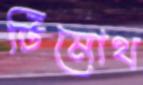
টিমোথ